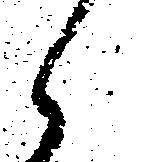
候